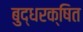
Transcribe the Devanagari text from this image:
बुद्धरक्षित